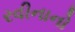
રવીનાનો